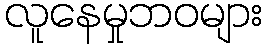
လူနေမှုဘဝများ